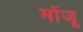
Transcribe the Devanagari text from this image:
मोंजू